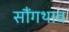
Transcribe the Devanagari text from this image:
सौंगथाव